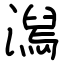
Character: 澙